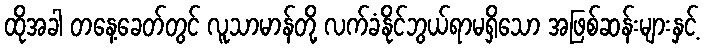
ထိုအခါ တနေ့ခေတ်တွင် လူသာမာန်တို့ လက်ခံနိုင်ဘွယ်ရာမရှိသော အဖြစ်ဆန်းများနှင့်